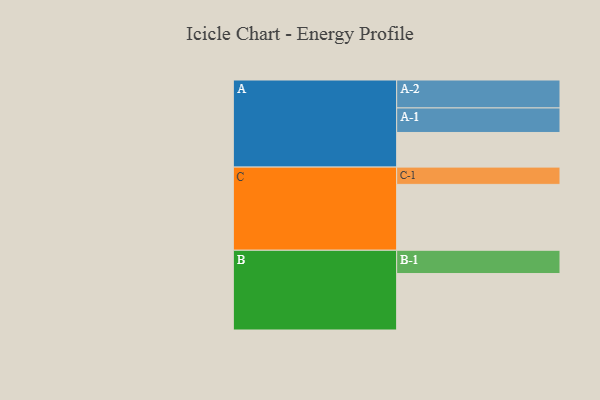
{"axis": {"x": "Segment", "y": "Value"}, "legend": ["", "A", "B", "C"], "data": [{"x": "A", "y": 305, "type": ""}, {"x": "B", "y": 497, "type": ""}, {"x": "C", "y": 580, "type": ""}, {"x": "A-1", "y": 216, "type": "A"}, {"x": "A-2", "y": 246, "type": "A"}, {"x": "B-1", "y": 205, "type": "B"}, {"x": "C-1", "y": 152, "type": "C"}]}